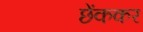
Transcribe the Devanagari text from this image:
छेंककर